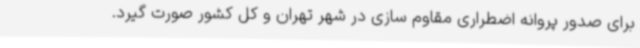
برای صدور پروانه اضطراری مقاوم سازی در شهر تهران و کل کشور صورت گیرد.